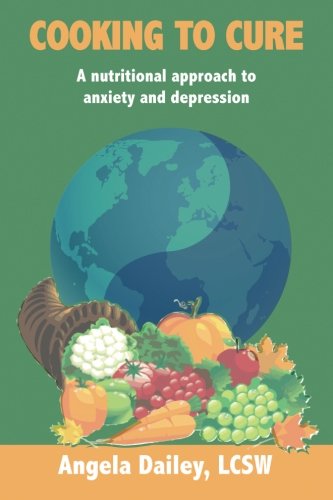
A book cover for Cooking to Cure: A nutritional approach to anxiety and depression; Angela Dailey; Health, Fitness & Dieting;